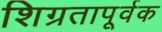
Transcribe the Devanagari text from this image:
शिग्रतापूर्वक